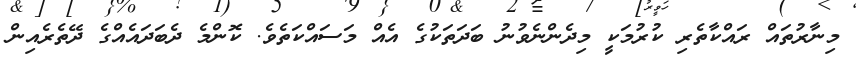
މިނާރުތައް ރައްކާތެރި ކުރުމަކީ މިދެންނެވުނު ބަދަތަކުގެ އެއް މަސައްކަތެވެ. ކޮންމެ ދެބަދައެއްގެ ދޭތެރެއިން